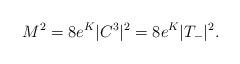
LaTeX: \begin{align*}M^2=8e^{K} |C^3|^2=8e^{K}|T_{-}|^{2}.\end{align*}